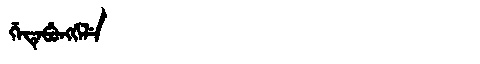
Manchu: ᡤᡝᡨᡝᠪᡠᠩᡤᡝᠯᡝ
Romanization: GETEBUNGGELE